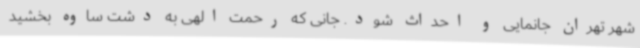
شهر تهران جانمایی و احداث شود. جانی که رحمت الهی به دشت ساوه بخشید